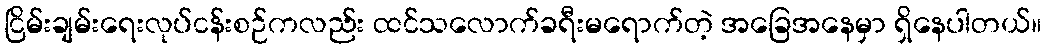
ငြိမ်းချမ်းရေးလုပ်ငန်းစဉ်ကလည်း ထင်သလောက်ခရီးမရောက်တဲ့ အခြေအနေမှာ ရှိနေပါတယ်။